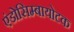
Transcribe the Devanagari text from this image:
एंडोसिम्बायोटक